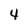
Character: 4